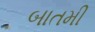
બાતમી